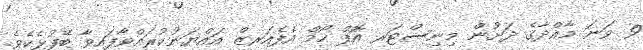
9 ވަނަ މާއްދާގެ ދަށުން މިނިސްޓަރ އޮފް ހޯމް އެފެއަރޒް އައްޔަނުކުރައްވާފައިވާ ބޭފުޅެކެވެ.